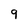
Character: 9